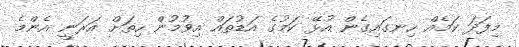
މިފަދަ ކަމެއް ހިނގައިގެން އުޅޭ ކަމުގެ އަޑުތައް އިވުމުން ހިތަށް އަރަނީ އެންމެ